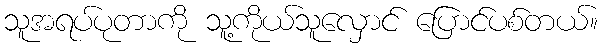
သူအရပ်ပုတာကို သူ့ကိုယ်သူလှောင် ပြောင်ပစ်တယ်။